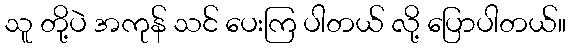
သူ တို့ပဲ အကုန် သင် ပေးကြ ပါတယ် လို့ ပြောပါတယ်။